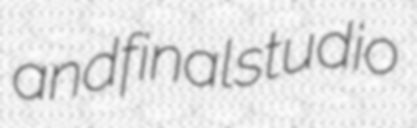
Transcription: and final studio